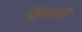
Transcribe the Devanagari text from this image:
क्रॅक्सी